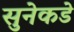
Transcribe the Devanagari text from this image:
सुनेकडे